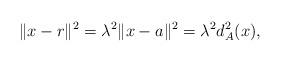
LaTeX: \begin{align*}\|x -r\|^2 =\lambda^2\|x -a\|^2 =\lambda^2d_A^2(x),\end{align*}